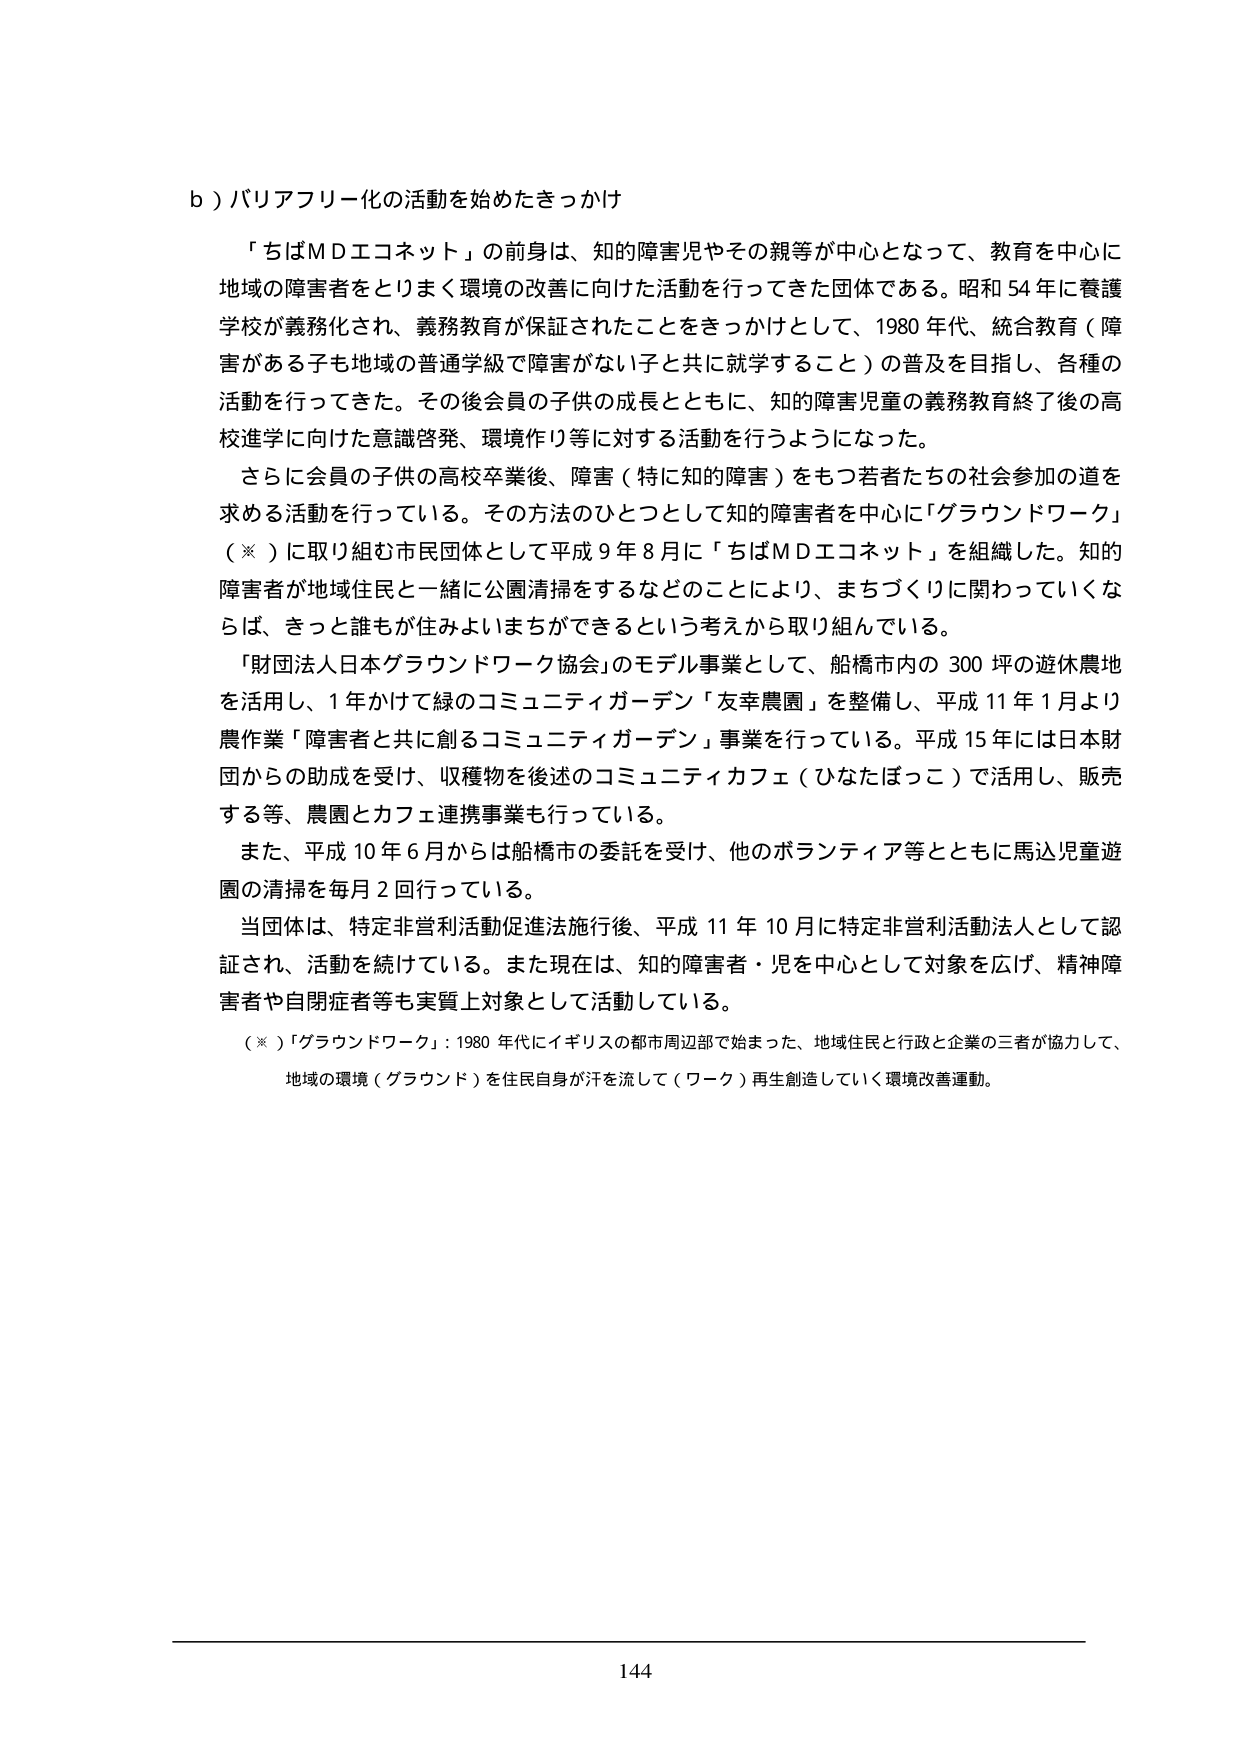
ｂ）バリアフリー化の活動を始めたきっかけ

「ちばＭＤエコネット」の前身は、知的障害児やその親等が中心となって、教育を中心に地域の障害者をとりまく環境の改善に向けた活動を行ってきた団体である。昭和54年に養護学校が義務化され、義務教育が保証されたことをきっかけとして、1980年代、統合教育（障害がある子も地域の普通学級で障害がない子と共に就学すること）の普及を目指し、各種の活動を行ってきた。その後会員の子供の成長とともに、知的障害児童の義務教育終了後の高校進学に向けた意識啓発、環境作り等に対する活動を行うようになった。

さらに会員の子供の高校卒業後、障害（特に知的障害）をもつ若者たちの社会参加の道を求める活動を行っている。その方法のひとつとして知的障害者を中心に「グラウンドワーク」（※）に取り組む市民団体として平成9年8月に「ちばＭＤエコネット」を組織した。知的障害者が地域住民と一緒に公園清掃をするなどのことにより、まちづくりに関わっていくならば、きっと誰もが住みよいまちができるという考えから取り組んでいる。

「財団法人日本グラウンドワーク協会」のモデル事業として、船橋市内の300坪の遊休農地を活用し、1年かけて緑のコミュニティガーデン「友幸農園」を整備し、平成11年1月より農作業「障害者と共に創るコミュニティガーデン」事業を行っている。平成15年には日本財団からの助成を受け、収穫物を後述のコミュニティカフェ（ひなたぼっこ）で活用し、販売する等、農園とカフェ連携事業も行っている。

また、平成10年6月からは船橋市の委託を受け、他のボランティア等とともに馬込児童遊園の清掃を毎月2回行っている。

当団体は、特定非営利活動促進法施行後、平成11年10月に特定非営利活動法人として認証され、活動を続けている。また現在は、知的障害者・児を中心として対象を広げ、精神障害者や自閉症者等も実質上対象として活動している。

（※）「グラウンドワーク」：1980年代にイギリスの都市周辺部で始まった、地域住民と行政と企業の三者が協力して、地域の環境（グラウンド）を住民自身が汗を流して（ワーク）再生創造していく環境改善運動。

144